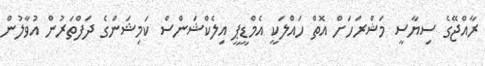
ރާއްޖޭގެ ސިޔާސީ މަޝްރަހަށް އޮތް ހައްލަކީ އެމްޑީޕީ އިލެކްޝަންސް ކަމިޝަންގެ ދަފްތަރުން އުވާލުން